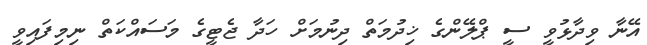
އޭނާ ވިދާޅުވީ ސީ ޕްލޭންގެ ޚިދުމަތް ދިނުމަށް ހަދާ ޖެޓީގެ މަސައްކަތް ނިމިފައިވީ